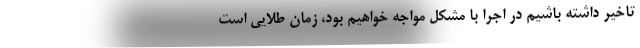
تاخیر داشته باشیم در اجرا با مشکل مواجه خواهیم بود، زمان طلایی است